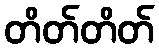
တိတ်တိတ်